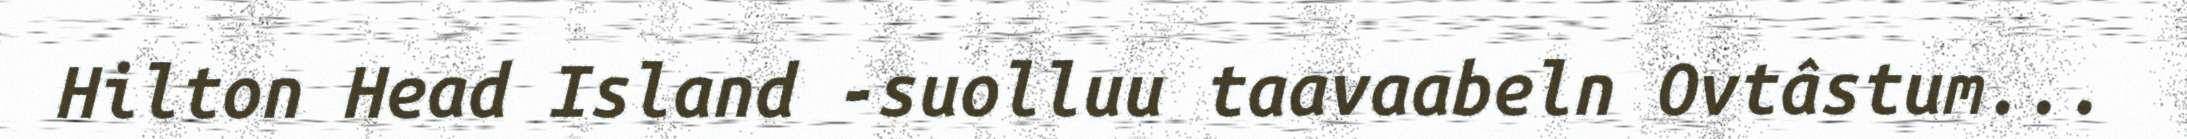
Hilton Head Island -suolluu taavaabeln Ovtâstum...